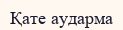
Қате аударма